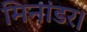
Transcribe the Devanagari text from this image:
मिनांडर।